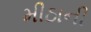
મીઠાની